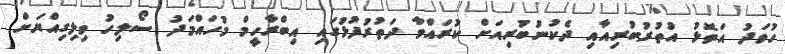
ހުވަދު އަތޮޅު އުތުރުބުރިއާއި ދެކުނުބުރިއަށް ކުރައްވާ ދަތުރުފުޅުގައި އިބްރާހީމް މުހައްމަދު ސޯލިހު ވިލިގިއްޔަށް